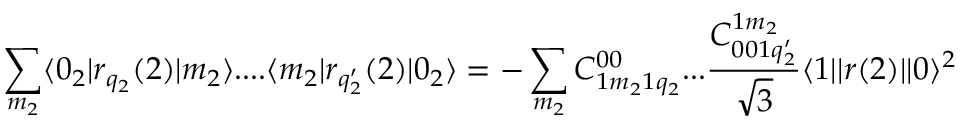
\sum _ { m _ { 2 } } \langle 0 _ { 2 } | r _ { q _ { 2 } } ( 2 ) | m _ { 2 } \rangle . . . . \langle m _ { 2 } | r _ { q _ { 2 } ^ { \prime } } ( 2 ) | 0 _ { 2 } \rangle = - \sum _ { m _ { 2 } } C _ { 1 m _ { 2 } 1 q _ { 2 } } ^ { 0 0 } . . . \frac { C _ { 0 0 1 q _ { 2 } ^ { \prime } } ^ { 1 m _ { 2 } } } { \sqrt { 3 } } \langle 1 | | r ( 2 ) | | 0 \rangle ^ { 2 }